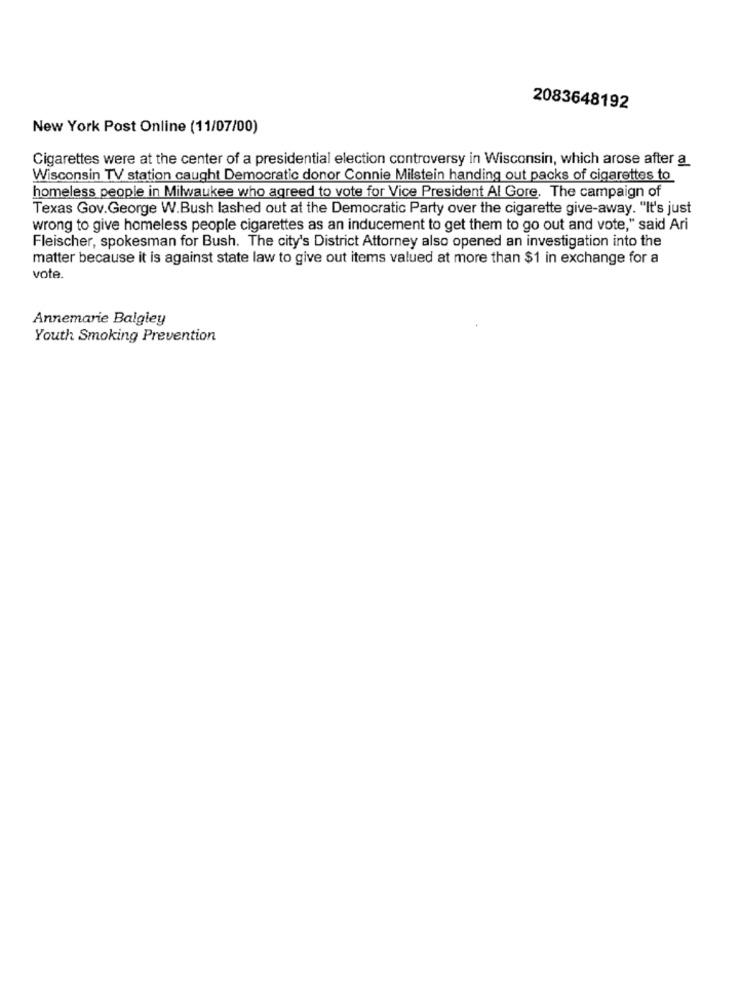
2083648192
New York Post Online (11/07/00)
Cigarettes were at the center of a presidential election controversy in Wisconsin, which arose after a
Wisconsin TV station caught Democratic donor Connie Milstein handing out packs of cigarettes to
homeless people in Milwaukee who agreed to vote for Vice President Al Gore. The campaign of
Texas Gov.George W.Bush lashed out at the Democratic Party over the cigarette give-away. "It's just
wrong to give homeless people cigarettes as an inducement to get them to go out and vote," said Ari
Fleischer, spokesman for Bush. The city's District Attorney also opened an investigation into the
matter because it is against state law to give out items valued at more than $1 in exchange for a
vote.
Annemarie Balgley
Youth Smoking Prevention